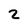
Character: 2